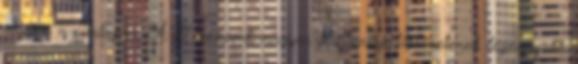
vissza a címlapra A 21. század magyar férfitenisz-történetének legnagyobb